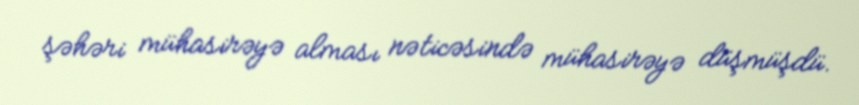
şəhəri mühasirəyə alması nəticəsində mühasirəyə düşmüşdü.